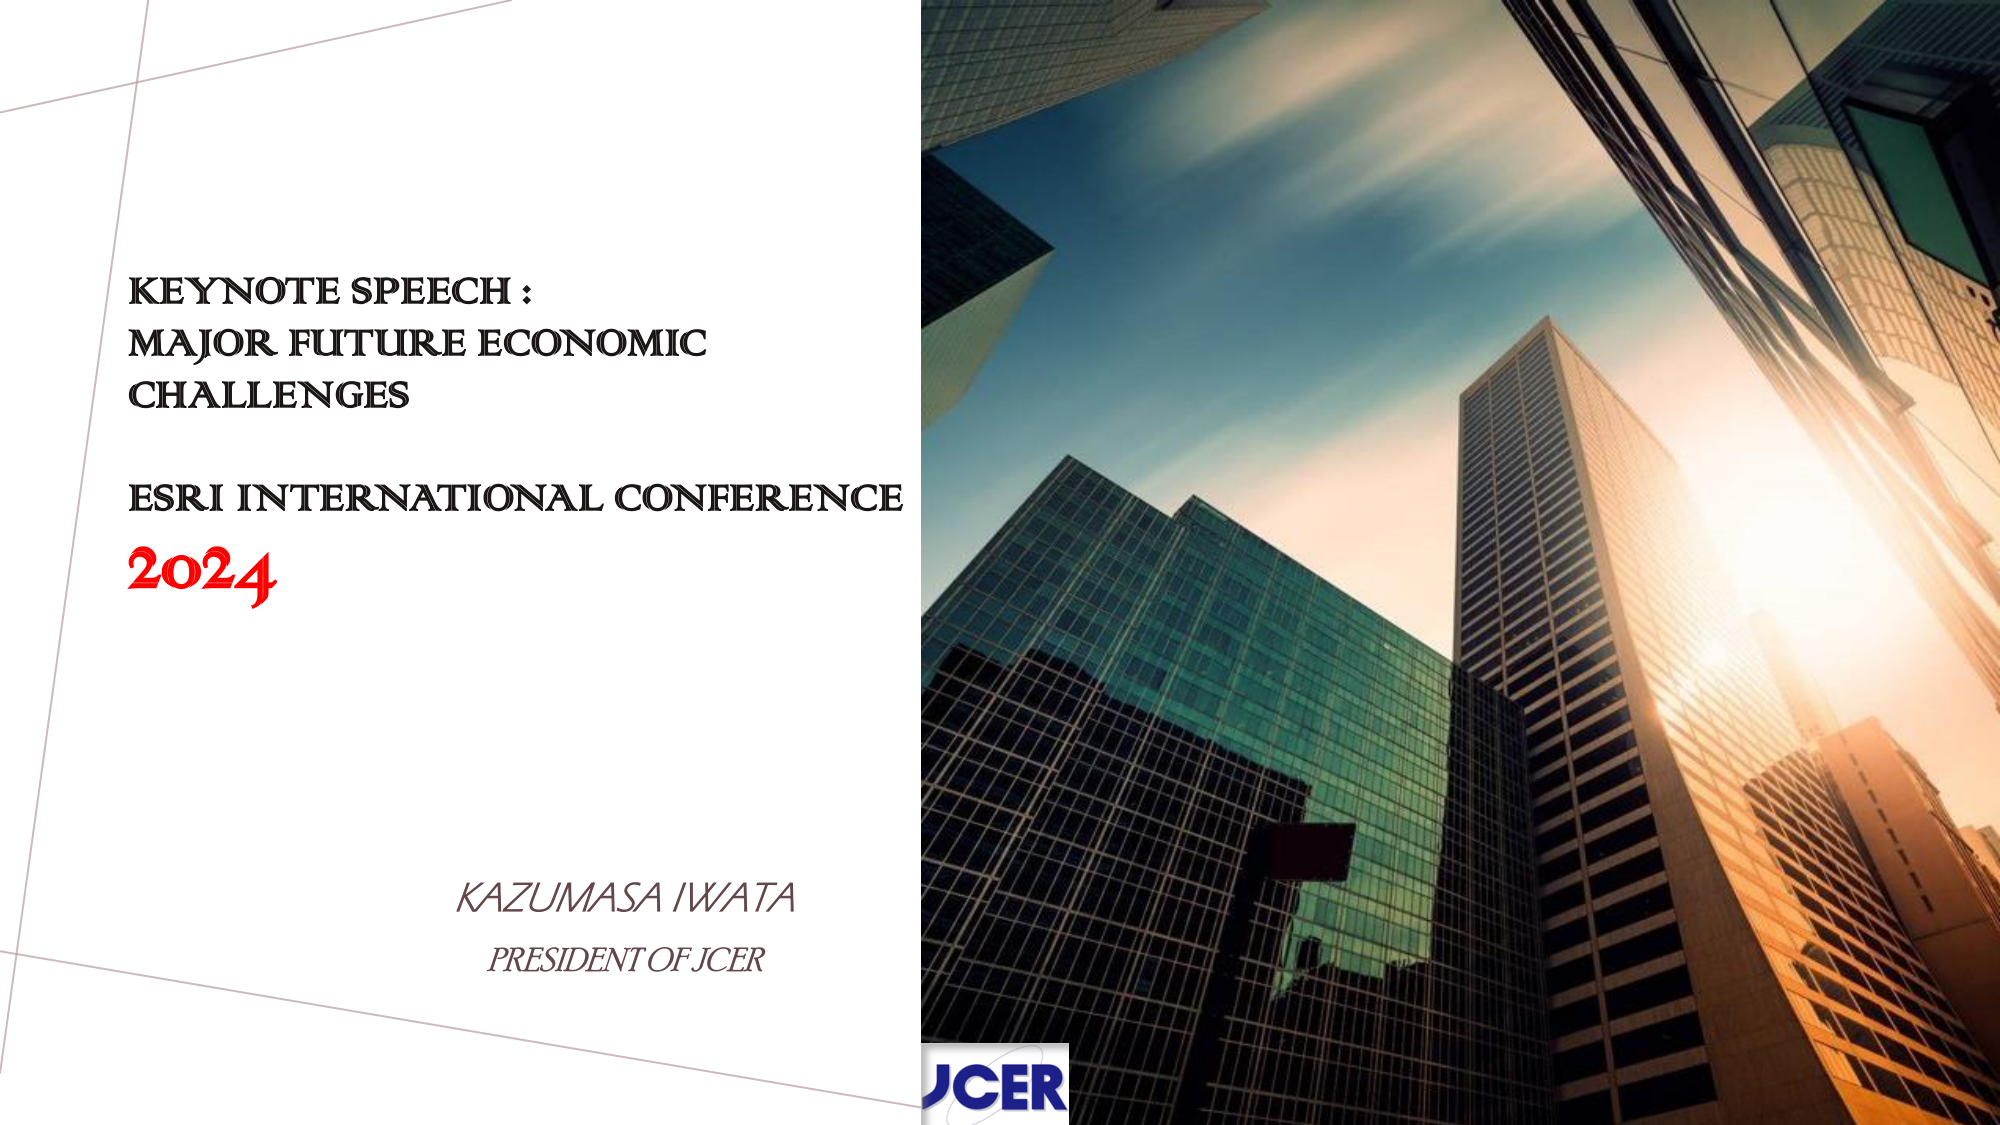
KEYNOTE SPEECH :
MAJOR FUTURE ECONOMIC
CHALLENGES
ESRI INTERNATIONAL CONFERENCE
2024
KAZUMASA IWATA
PRESIDENT OF JCER
JCER